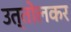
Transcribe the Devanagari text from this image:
उत्तोलकर